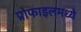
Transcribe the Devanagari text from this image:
प्रोफाइलमध्ये